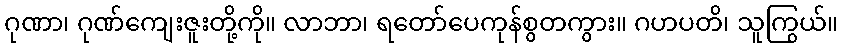
ဂုဏာ၊ ဂုဏ်ကျေးဇူးတို့ကို။ လာဘာ၊ ရတော်ပေကုန်စွတကွား။ ဂဟပတိ၊ သူကြွယ်။